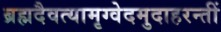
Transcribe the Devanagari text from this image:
ब्रह्मदैवत्यामृग्वेदमुदाहरन्तीं